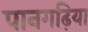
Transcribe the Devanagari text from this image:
पानगढ़िया